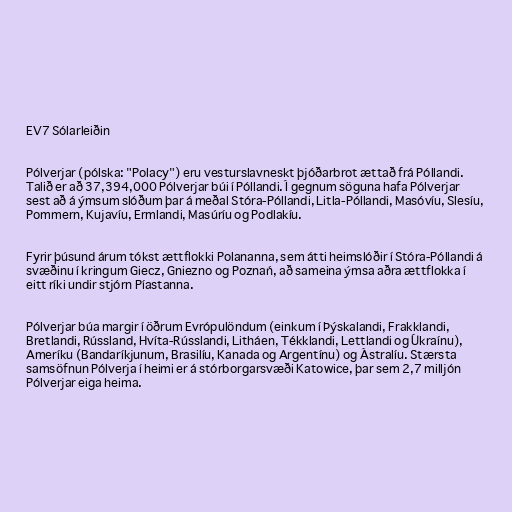
EV7 Sólarleiðin

Pólverjar (pólska: "Polacy") eru vesturslavneskt þjóðarbrot ættað frá Póllandi.
Talið er að 37,394,000 Pólverjar búi í Póllandi. Í gegnum söguna hafa Pólverjar
sest að á ýmsum slóðum þar á meðal Stóra-Póllandi, Litla-Póllandi, Masóvíu, Slesíu,
Pommern, Kujavíu, Ermlandi, Masúríu og Podlakíu.

Fyrir þúsund árum tókst ættflokki Polananna, sem átti heimslóðir í Stóra-Póllandi á
svæðinu í kringum Giecz, Gniezno og Poznań, að sameina ýmsa aðra ættflokka í
eitt ríki undir stjórn Píastanna.

Pólverjar búa margir í öðrum Evrópulöndum (einkum í Þýskalandi, Frakklandi,
Bretlandi, Rússland, Hvíta-Rússlandi, Litháen, Tékklandi, Lettlandi og Úkraínu),
Ameríku (Bandaríkjunum, Brasilíu, Kanada og Argentínu) og Ástralíu. Stærsta
samsöfnun Pólverja í heimi er á stórborgarsvæði Katowice, þar sem 2,7 milljón
Pólverjar eiga heima.